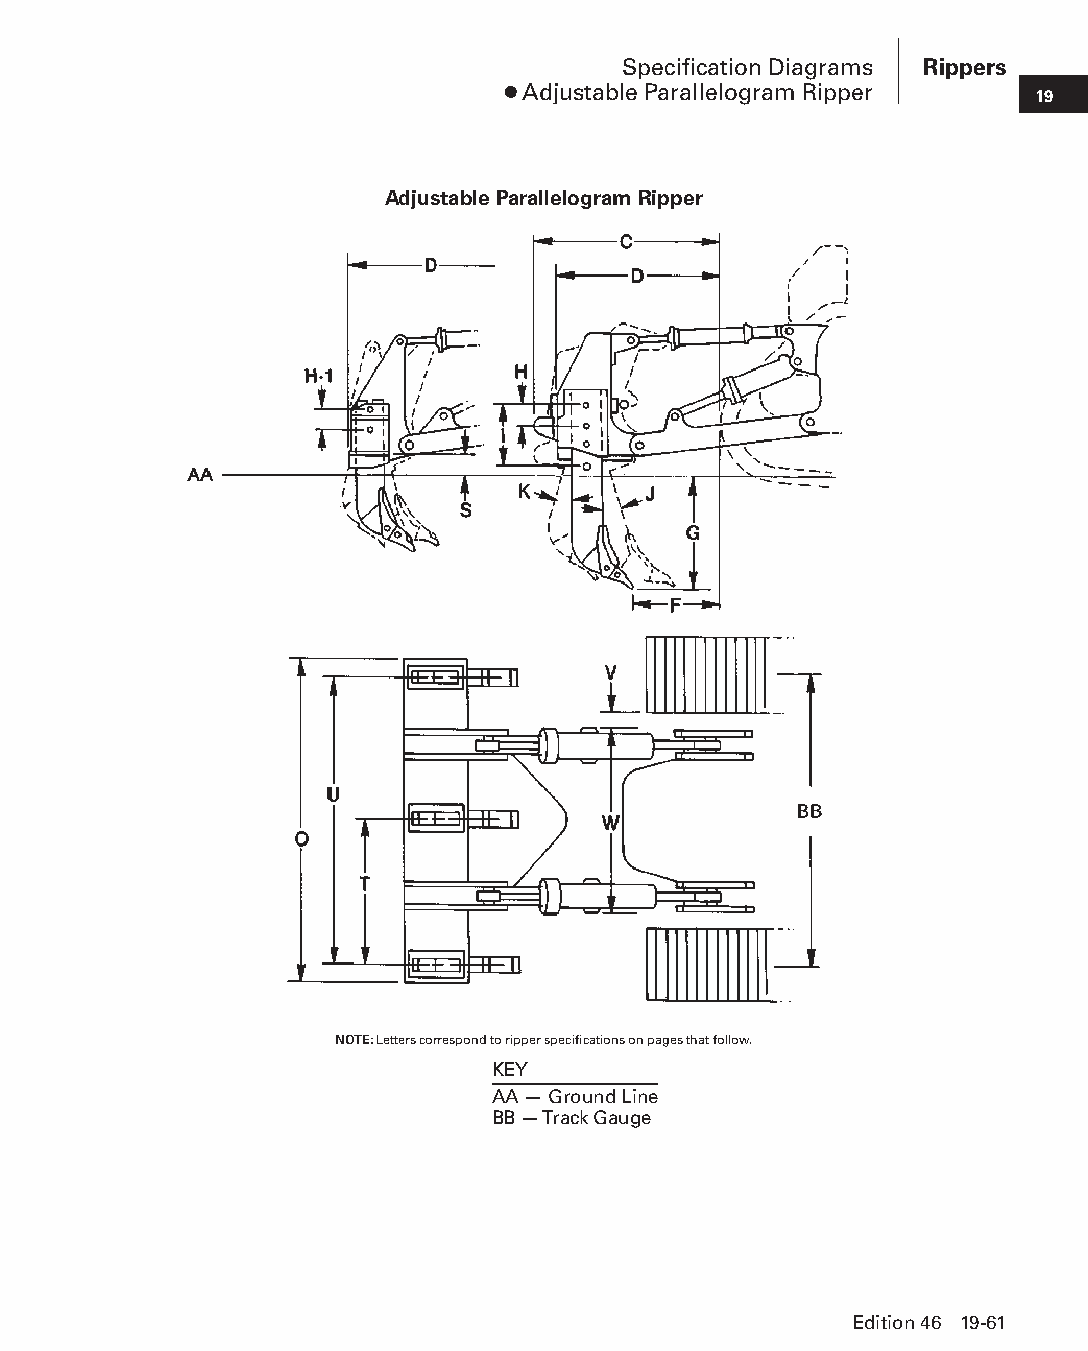
Specification Diagrams Rippers
 ● Adjustable Parallelogram Ripper  19
 Adjustable Parallelogram Ripper
 NOTE: Letters correspond to ripper specifications on pages that follow.
 KEY
 AA — Ground Line
 BB — Track Gauge
 Edition 46 19-61
 PPHHBB--SSeecc1199--TTTTTT--44--RRiippppeerrss((ppgg5599--8822))..iinndddd 6611 1122//44//1155 1111::0000 AAMM